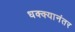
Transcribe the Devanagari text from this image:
धक्क्यानंतर